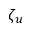
\zeta _ { u }